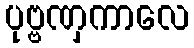
ပုဗ္ဗဏှကာလေ